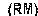
(RM)